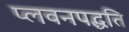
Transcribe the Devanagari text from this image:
प्लवनपद्धति